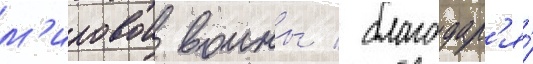
м'ировои воины / благодар'я́